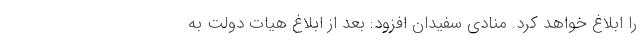
را ابلاغ خواهد کرد. منادی سفیدان افزود: بعد از ابلاغ هیات دولت به